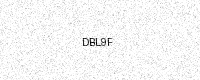
Text: DBL9F